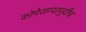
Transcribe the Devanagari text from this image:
कोमेजण्यापूर्वीच